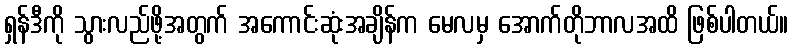
ရှန်ဒီကို သွားလည်ဖို့အတွက် အကောင်းဆုံးအချိန်က မေလမှ အောက်တိုဘာလအထိ ဖြစ်ပါတယ်။